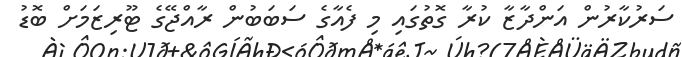
ސަރުކާރުން އަންދާޒާ ކުރާ ގޮތުގައި މި ފެއާގެ ސަބަބުން ރާއްޖޭގެ ޓޫރިޒަމަށް ބޮޑު